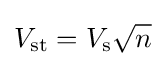
V_{\text{st}}=V_{\text{s}}{\sqrt {n}}